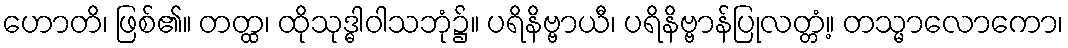
ဟောတိ၊ ဖြစ်၏။ တတ္ထ၊ ထိုသုဒ္ဓါဝါသဘုံ၌။ ပရိနိဗ္ဗာယီ၊ ပရိနိဗ္ဗာန်ပြုလတ္တံ့။ တသ္မာလောကော၊